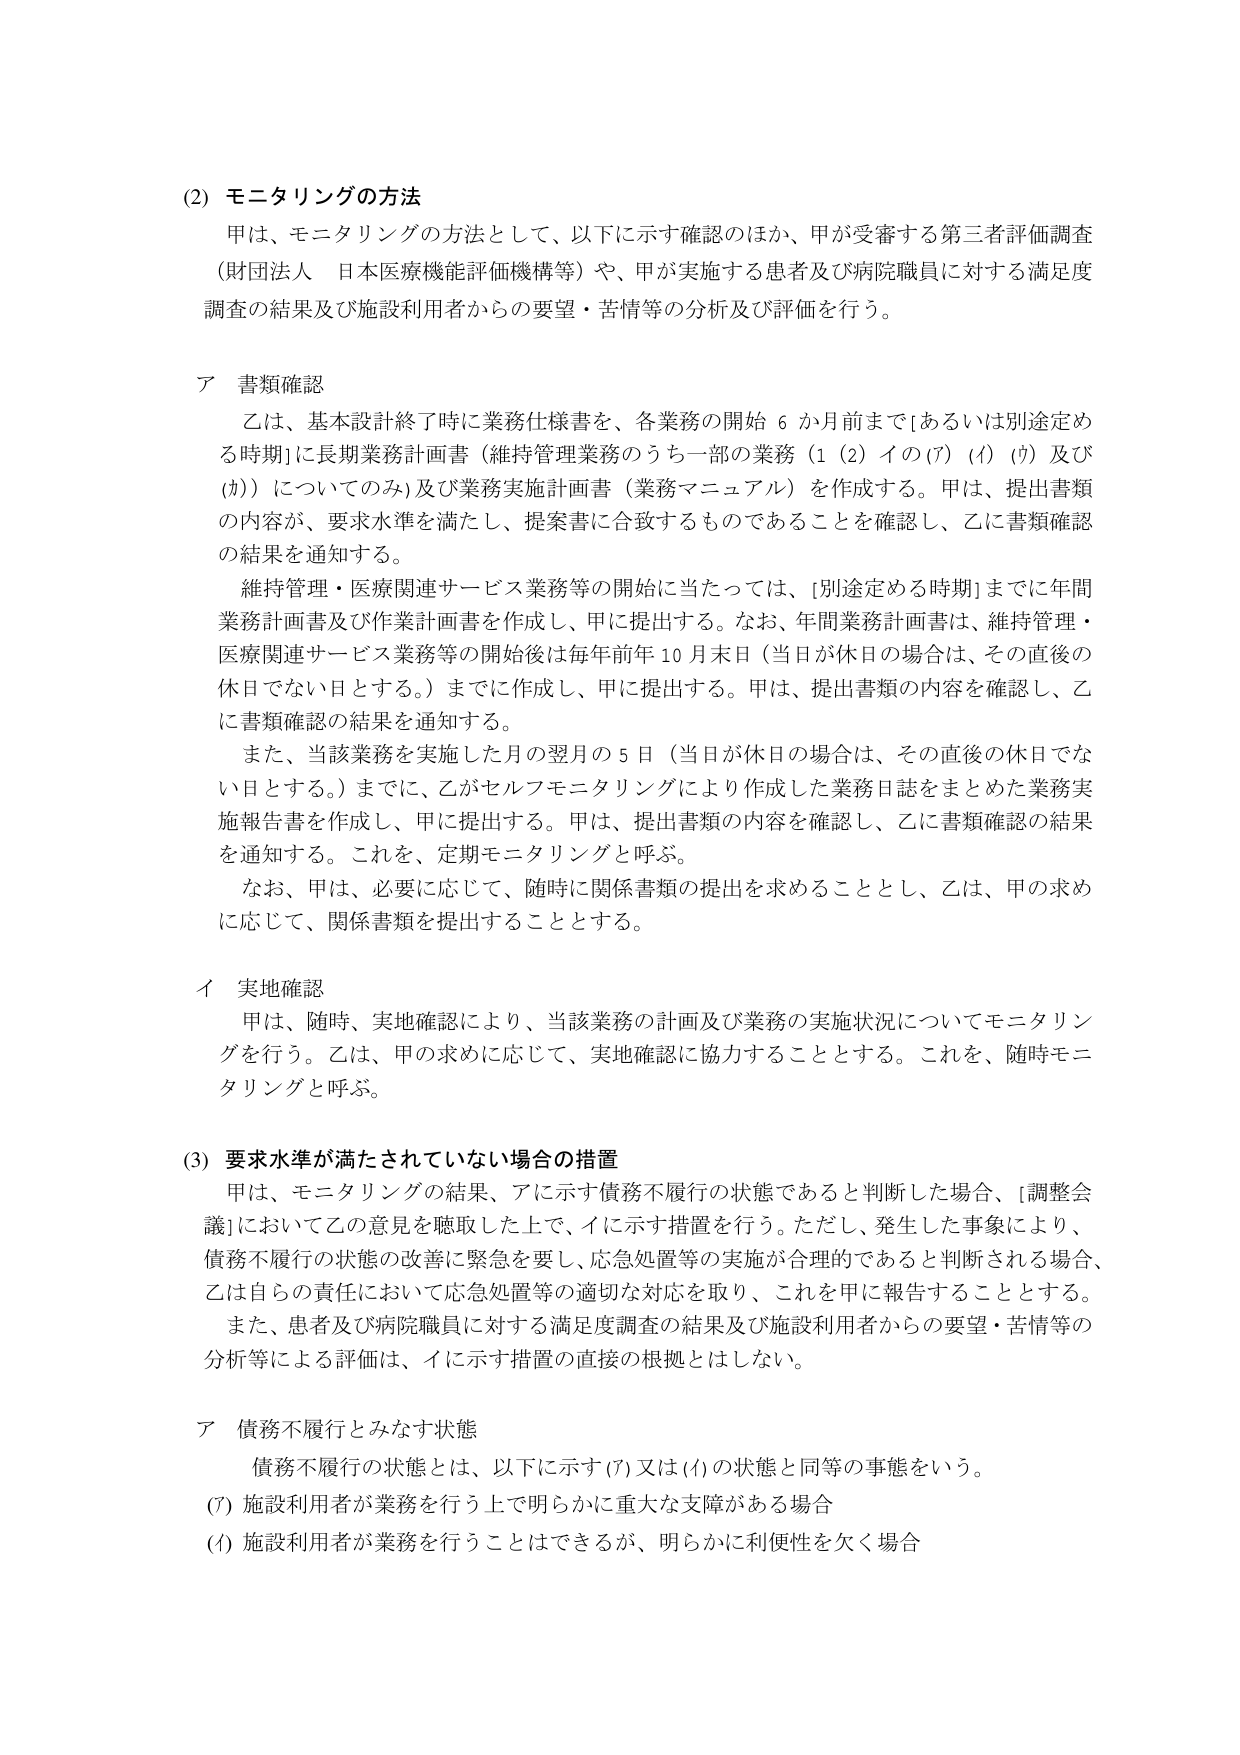
(2) モニタリングの方法
甲は、モニタリングの方法として、以下に示す確認のほか、甲が受審する第三者評価調査（財団法人 日本医療機能評価機構等）や、甲が実施する患者及び病院職員に対する満足度調査の結果及び施設利用者からの要望・苦情等の分析及び評価を行う。

ア 書類確認
乙は、基本設計終了時に業務仕様書を、各業務の開始６か月前まで［あるいは別途定める時期］に長期業務計画書（維持管理業務のうち一部の業務（1（2）イの(ｱ)（ｲ）（ｳ）及び(ｶ)）についてのみ）及び業務実施計画書（業務マニュアル）を作成する。甲は、提出書類の内容が、要求水準を満たし、提案書に合致するものであることを確認し、乙に書類確認の結果を通知する。
維持管理・医療関連サービス業務等の開始に当たっては、［別途定める時期］までに年間業務計画書及び作業計画書を作成し、甲に提出する。なお、年間業務計画書は、維持管理・医療関連サービス業務等の開始後は毎年前年10月末日（当日が休日の場合は、その直後の休日でない日とする。）までに作成し、甲に提出する。甲は、提出書類の内容を確認し、乙に書類確認の結果を通知する。
また、当該業務を実施した月の翌月の5日（当日が休日の場合は、その直後の休日でない日とする。）までに、乙がセルフモニタリングにより作成した業務日誌をまとめた業務実施報告書を作成し、甲に提出する。甲は、提出書類の内容を確認し、乙に書類確認の結果を通知する。これを、定期モニタリングと呼ぶ。
なお、甲は、必要に応じて、随時に関係書類の提出を求めることとし、乙は、甲の求めに応じて、関係書類を提出することとする。

イ 実地確認
甲は、随時、実地確認により、当該業務の計画及び業務の実施状況についてモニタリングを行う。乙は、甲の求めに応じて、実地確認に協力することとする。これを、随時モニタリングと呼ぶ。

(3) 要求水準が満たされていない場合の措置
甲は、モニタリングの結果、アに示す債務不履行の状態であると判断した場合、［調整会議］において乙の意見を聴取した上で、イに示す措置を行う。ただし、発生した事象により、債務不履行の状態の改善に緊急を要し、応急処置等の実施が合理的であると判断される場合、乙は自らの責任において応急処置等の適切な対応を取り、これを甲に報告することとする。
また、患者及び病院職員に対する満足度調査の結果及び施設利用者からの要望・苦情等の分析等による評価は、イに示す措置の直接の根拠とはしない。

ア 債務不履行とみなす状態
債務不履行の状態とは、以下に示す(ｱ)又は(ｲ)の状態と同等の事態をいう。
(ｱ) 施設利用者が業務を行う上で明らかに重大な支障がある場合
(ｲ) 施設利用者が業務を行うことはできるが、明らかに利便性を欠く場合